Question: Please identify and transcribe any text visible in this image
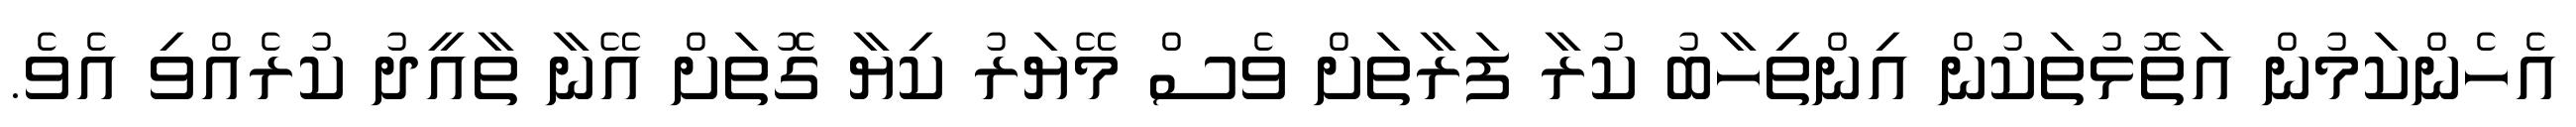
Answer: އެހެންކަމުން އަތޮޅުތަކުން އިންތިހާބު ކުރާ ފަރާތަށް ވެސް މޭޔަރު ކިޔާ ގޮތަށް އޭނާ ތާއީދު ކުރެއްވި އެވެ.